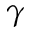
\gamma